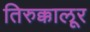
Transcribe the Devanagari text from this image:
तिरुक्कालूर